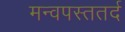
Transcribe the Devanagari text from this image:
मन्वपस्ततर्द